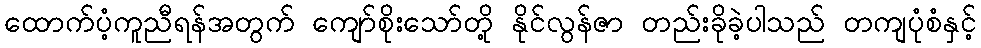
ထောက်ပံ့ကူညီရန်အတွက် ကျော်စိုးသော်တို့ နိုင်လွန်ဇာ တည်းခိုခဲ့ပါသည် တကျပုံစံနှင့်